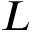
L